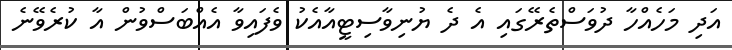
އަދި މަހެއްހާ ދުވަސްތެރޭގައި އެ ދެ ޔުނިވާސިޓީއާއެކު ވެފައިވާ އެއްބަސްވުން އާ ކުރެވޭނެ